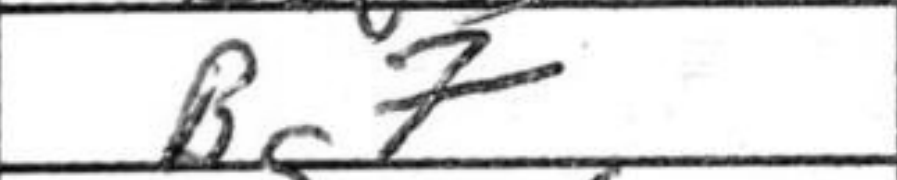
Transcription: Bg7